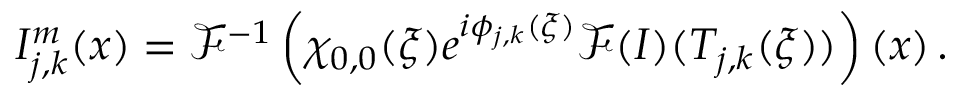
I _ { j , k } ^ { m } ( \boldsymbol { x } ) = \mathcal { F } ^ { - 1 } \left( \chi _ { 0 , 0 } ( \boldsymbol { \xi } ) e ^ { i \phi _ { j , k } ( \boldsymbol { \xi } ) } \mathcal { F } ( I ) ( T _ { j , k } ( \boldsymbol { \xi } ) ) \right) ( \boldsymbol { x } ) \, .